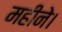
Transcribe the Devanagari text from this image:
महीने।